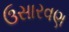
ઉસારવણ